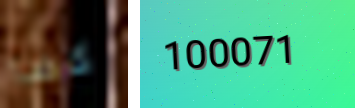
كما 100071